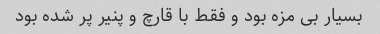
بسیار بی مزه بود و فقط با قارچ و پنیر پر شده بود